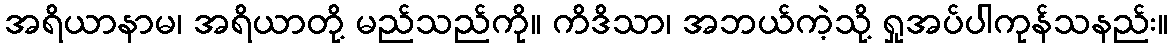
အရိယာနာမ၊ အရိယာတို့ မည်သည်ကို။ ကိဒိသာ၊ အဘယ်ကဲ့သို့ ရှုအပ်ပါကုန်သနည်း။